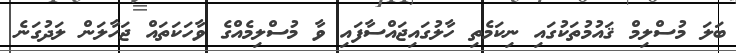
ބަލަ މުސްލިމް ޤައުމުތަކުގައި ނިކަަމެތި ހާލުގައިޖައްސާފައި ވާ މުސްލިމެއްގެ ވާހަކަތައް ޖަހާލަން ލަދުގަނެ